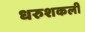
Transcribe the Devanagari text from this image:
धरुशकली